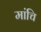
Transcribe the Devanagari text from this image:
मांचि